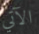
الآتي